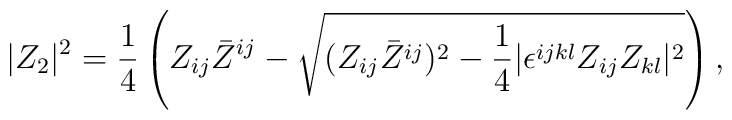
|Z_2|^2 ={1\over 4}\left(Z_{ij}\bar{Z}^{ij}-\sqrt{(Z_{ij}\bar{Z}^{ij})^2 -{1\over 4}|\epsilon^{ijkl}Z_{ij}Z_{kl}|^2}\right),